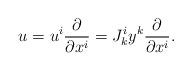
LaTeX: \begin{align*}u=u^i \frac{\partial}{\partial x^i}= J^i_k y^k \frac{\partial}{\partial x^i}.\end{align*}